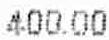
400.00